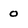
Character: 0